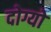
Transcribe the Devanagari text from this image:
दोग्यो